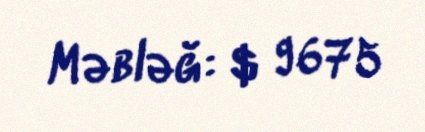
Məbləğ: $ 9675